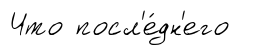
Что посл'е́дн'его